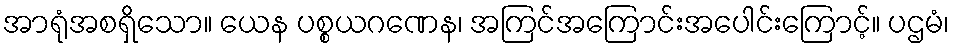
အာရုံအစရှိသော။ ယေန ပစ္စယဂဏေန၊ အကြင်အကြောင်းအပေါင်းကြောင့်။ ပဌမံ၊